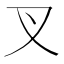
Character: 叉